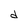
Character: d